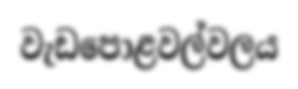
වැඩපොළවල්වලය